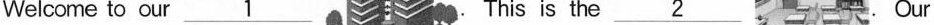
Welcome to our \underline{1} This is the \underline{2}Our